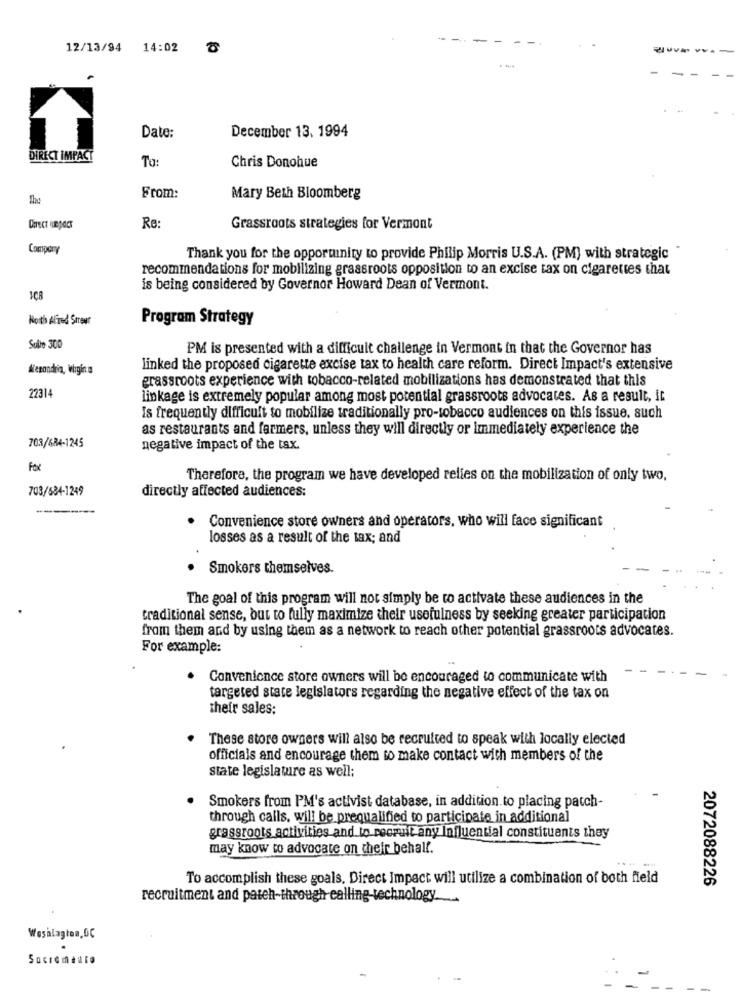
12/13/94
14:02
December 13. 1994
Date:
DIRECT IMPACT
To:
Chris Donohue
The
From:
Mary Beth Bloomberg
Re:
Grassroots strategies for Vermont
Thank you for the opportunity to provide Philip Morris U.S.A. (PM) with strategic "
recommendations for mobilizing grassroots opposition to an excise tax on cigarettes that
is being considered by Governor Howard Dean of Vermont.
Noth Alfred Street
Program Strategy
Sulle 300
PM is presented with a difficult challenge in Vermont in that the Governor has
Alexandria, Virgin a
linked the proposed cigarette excise tax to health care reform. Direct Impact's extensive
grassroots experience with tobacco-related mobilizations has demonstrated that this
22314
linkage is extremely popular among most potential grassroots advocates. As a result, it
Is frequently difficult to mobilize traditionally pro-tobacco audiences on this issue. such
as restaurants and farmers, unless they will directly or immediately experience the
703/684-1245
negative impact of the tax.
Fox
Therefore, the program we have developed relies on the mobilization of only two,
703/584-1249
directly affected audiences:
Convenience store owners and operators, who will face significant
losses as a result of the tax; and
Smokers themselves.
The goal of this program will not simply be to activate these audiences in the
traditional sense, but to fully maximize their usefulness by seeking greater participation
from them and by using them as a network to reach other potential grassroots advocates.
For example:
Convenience store owners will be encouraged to communicate with
targeted state legislators regarding the negative effect of the tax on
their sales:
These store owners will also be recruited to speak with locally elected
officials and encourage them to make contact with members of the
state legislature as well;
Smokers from PM's activist database, in addition to placing patch-
through calls, will be prequalified to participate in additional
grassroots activities and to recruit any Influential constituants they
may know to advocate on their behalf.
To accomplish these goals. Direct Impact will utilize a combination of both field
2072088226
recruitment and pateh-through calling technology ....
Socremearo